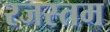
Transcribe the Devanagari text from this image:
रजस्तम